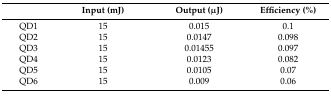
<table><thead><tr><td></td><td><b>Input (mJ)</b></td><td><b>Output (μJ)</b></td><td><b>Efficiency (%)</b></td></tr></thead><tbody><tr><td>QD1</td><td>15</td><td>0.015</td><td>0.1</td></tr><tr><td>QD2</td><td>15</td><td>0.0147</td><td>0.098</td></tr><tr><td>QD3</td><td>15</td><td>0.01455</td><td>0.097</td></tr><tr><td>QD4</td><td>15</td><td>0.0123</td><td>0.082</td></tr><tr><td>QD5</td><td>15</td><td>0.0105</td><td>0.07</td></tr><tr><td>QD6</td><td>15</td><td>0.009</td><td>0.06</td></tr></tbody></table>